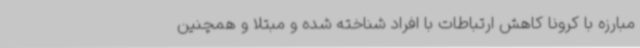
مبارزه با کرونا کاهش ارتباطات با افراد شناخته شده و مبتلا و همچنین